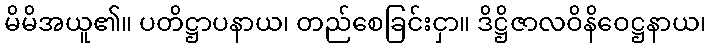
မိမိအယူ၏။ ပတိဋ္ဌာပနာယ၊ တည်စေခြင်းငှာ။ ဒိဋ္ဌိဇာလဝိနိဝေဋ္ဌနာယ၊